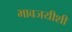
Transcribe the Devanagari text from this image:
भावजयीशी